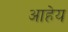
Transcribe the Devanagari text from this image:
आहेय